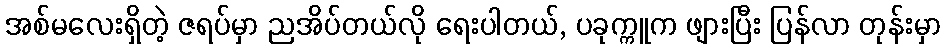
အစ်မလေးရှိတဲ့ ဇရပ်မှာ ညအိပ်တယ်လို ရေးပါတယ်, ပခုက္ကူက ဖျားပြီး ပြန်လာ တုန်းမှာ